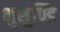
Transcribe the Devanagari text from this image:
भुशुण्डि